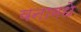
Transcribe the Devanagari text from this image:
वनामधे